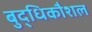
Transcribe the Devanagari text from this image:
बुद्धिकौशल